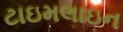
ટાઇમલાઇન